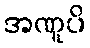
အဏူပိ